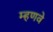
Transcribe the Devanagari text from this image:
म्हणवे